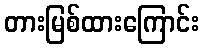
တားမြစ်ထားကြောင်း